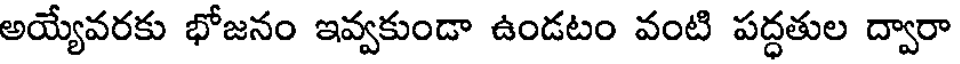
అయ్యేవరకు భోజనం ఇవ్వకుండా ఉండటం వంటి పద్ధతుల ద్వారా